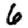
Digit: 6